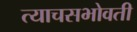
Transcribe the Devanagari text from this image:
त्याचसभोवती